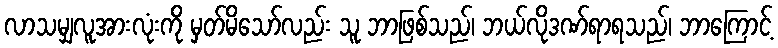
လာသမျှလူအားလုံးကို မှတ်မိသော်လည်း သူ ဘာဖြစ်သည်၊ ဘယ်လိုဒဏ်ရာရသည်၊ ဘာကြောင့်